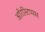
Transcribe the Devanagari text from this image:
अरिस्टिप्पस